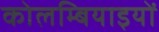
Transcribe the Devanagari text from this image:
कोलम्बियाइयों